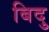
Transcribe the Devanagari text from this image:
बिदु